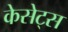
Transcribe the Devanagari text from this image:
केसेट्स